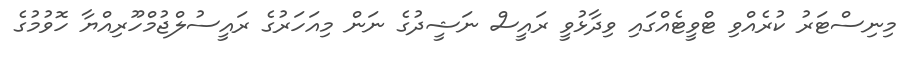
މިނިސްޓަރު ކުރެއްވި ޓްވީޓެއްގައި ވިދާޅުވީ ރައީސް ނަޝީދުގެ ނަން މިއަހަރުގެ ރައީސުލްޖުމްހޫރިއްޔާ ހޮވުމުގެ